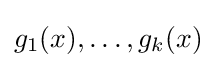
g_{1}(x),\ldots ,g_{k}(x)